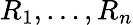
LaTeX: R_{1},\ldots,R_{n}